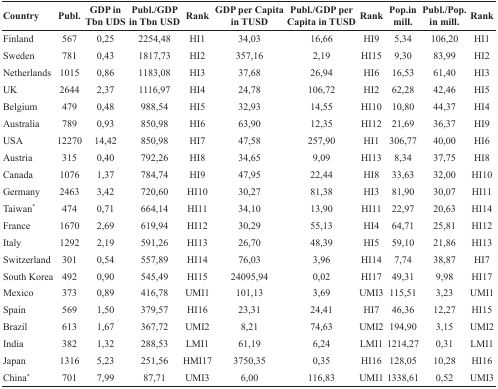
<table><thead><tr><td><b>Country</b></td><td><b>Publ.</b></td><td><b>GDP in Tbn UDS</b></td><td><b>Publ./GDP in Tbn USD</b></td><td><b>Rank</b></td><td><b>GDP per Capita in TUSD</b></td><td><b>Publ./GDP per Capita in TUSD</b></td><td><b>Rank</b></td><td><b>Pop.in mill.</b></td><td><b>Publ./Pop.in mill.</b></td><td><b>Rank</b></td></tr></thead><tbody><tr><td>Finland</td><td>567</td><td>0,25</td><td>2254,48</td><td>HI1</td><td>34,03</td><td>16,66</td><td>HI9</td><td>5,34</td><td>106,20</td><td>HI1</td></tr><tr><td>Sweden</td><td>781</td><td>0,43</td><td>1817,73</td><td>HI2</td><td>357,16</td><td>2,19</td><td>HI15</td><td>9,30</td><td>83,99</td><td>HI2</td></tr><tr><td>Netherlands</td><td>1015</td><td>0,86</td><td>1183,08</td><td>HI3</td><td>37,68</td><td>26,94</td><td>HI6</td><td>16,53</td><td>61,40</td><td>HI3</td></tr><tr><td>UK</td><td>2644</td><td>2,37</td><td>1116,97</td><td>HI4</td><td>24,78</td><td>106,72</td><td>HI2</td><td>62,28</td><td>42,46</td><td>HI5</td></tr><tr><td>Belgium</td><td>479</td><td>0,48</td><td>988,54</td><td>HI5</td><td>32,93</td><td>14,55</td><td>HI10</td><td>10,80</td><td>44,37</td><td>HI4</td></tr><tr><td>Australia</td><td>789</td><td>0,93</td><td>850,98</td><td>HI6</td><td>63,90</td><td>12,35</td><td>HI12</td><td>21,69</td><td>36,37</td><td>HI9</td></tr><tr><td>USA</td><td>12270</td><td>14,42</td><td>850,98</td><td>HI7</td><td>47,58</td><td>257,90</td><td>HI1</td><td>306,77</td><td>40,00</td><td>HI6</td></tr><tr><td>Austria</td><td>315</td><td>0,40</td><td>792,26</td><td>HI8</td><td>34,65</td><td>9,09</td><td>HI13</td><td>8,34</td><td>37,75</td><td>HI8</td></tr><tr><td>Canada</td><td>1076</td><td>1,37</td><td>784,74</td><td>HI9</td><td>47,95</td><td>22,44</td><td>HI8</td><td>33,63</td><td>32,00</td><td>HI10</td></tr><tr><td>Germany</td><td>2463</td><td>3,42</td><td>720,60</td><td>HI10</td><td>30,27</td><td>81,38</td><td>HI3</td><td>81,90</td><td>30,07</td><td>HI11</td></tr><tr><td>Taiwan<sup>*</sup></td><td>474</td><td>0,71</td><td>664,14</td><td>HI11</td><td>34,10</td><td>13,90</td><td>HI11</td><td>22,97</td><td>20,63</td><td>HI14</td></tr><tr><td>France</td><td>1670</td><td>2,69</td><td>619,94</td><td>HI12</td><td>30,29</td><td>55,13</td><td>HI4</td><td>64,71</td><td>25,81</td><td>HI12</td></tr><tr><td>Italy</td><td>1292</td><td>2,19</td><td>591,26</td><td>HI13</td><td>26,70</td><td>48,39</td><td>HI5</td><td>59,10</td><td>21,86</td><td>HI13</td></tr><tr><td>Switzerland</td><td>301</td><td>0,54</td><td>557,89</td><td>HI14</td><td>76,03</td><td>3,96</td><td>HI14</td><td>7,74</td><td>38,87</td><td>HI7</td></tr><tr><td>South Korea</td><td>492</td><td>0,90</td><td>545,49</td><td>HI15</td><td>24095,94</td><td>0,02</td><td>HI17</td><td>49,31</td><td>9,98</td><td>HI17</td></tr><tr><td>Mexico</td><td>373</td><td>0,89</td><td>416,78</td><td>UMI1</td><td>101,13</td><td>3,69</td><td>UMI3</td><td>115,51</td><td>3,23</td><td>UMI1</td></tr><tr><td>Spain</td><td>569</td><td>1,50</td><td>379,57</td><td>HI16</td><td>23,31</td><td>24,41</td><td>HI7</td><td>46,36</td><td>12,27</td><td>HI15</td></tr><tr><td>Brazil</td><td>613</td><td>1,67</td><td>367,72</td><td>UMI2</td><td>8,21</td><td>74,63</td><td>UMI2</td><td>194,90</td><td>3,15</td><td>UMI2</td></tr><tr><td>India</td><td>382</td><td>1,32</td><td>288,53</td><td>LMI1</td><td>61,19</td><td>6,24</td><td>LMI1</td><td>1214,27</td><td>0,31</td><td>LMI1</td></tr><tr><td>Japan</td><td>1316</td><td>5,23</td><td>251,56</td><td>HMI17</td><td>3750,35</td><td>0,35</td><td>HI16</td><td>128,05</td><td>10,28</td><td>HI16</td></tr><tr><td>China<sup>*</sup></td><td>701</td><td>7,99</td><td>87,71</td><td>UMI3</td><td>6,00</td><td>116,83</td><td>UMI1</td><td>1338,61</td><td>0,52</td><td>UMI3</td></tr></tbody></table>